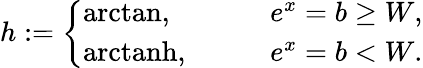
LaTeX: h:=\left\{ \begin{array}{ll}{\mathrm{arctan},\quad\quad}&{e^{x}=b\geq W,}\\ {\mathrm{arctanh},\quad\quad}&{e^{x}=b<W.}\end{array}\right.